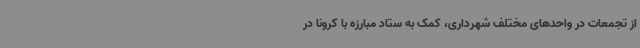
از تجمعات در واحدهای مختلف شهرداری، کمک به ستاد مبارزه با کرونا در